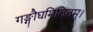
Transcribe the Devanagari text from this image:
गङ्गौघमिलितम्।